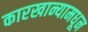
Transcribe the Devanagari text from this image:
कारखान्यामधून